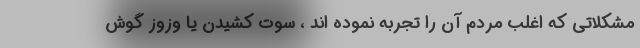
مشکلاتی که اغلب مردم آن را تجربه نموده اند ، سوت کشیدن یا وزوز گوش